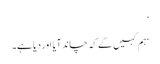
’
‘ہم کہیں گے کہ چاند آیا اور دیا ہے۔